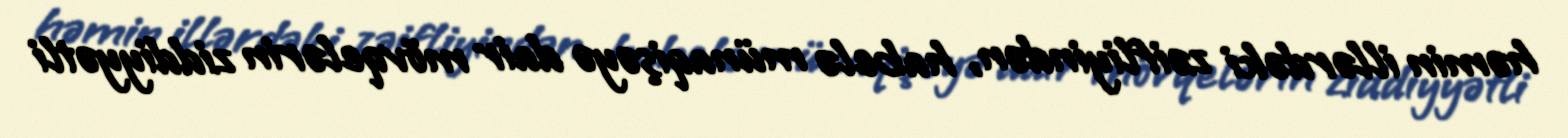
həmin illərdəki zəifliyindən, habelə münaqişəyə dair mövqelərin ziddiyyətli